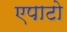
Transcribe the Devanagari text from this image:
एपाटो